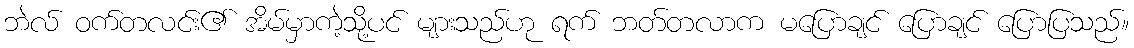
ဘဲလ် ဝက်တလင်း၏ အိမ်မှာကဲ့သို့ပင် များသည်ဟု ရက် ဘတ်တလာက မပြောချင် ပြောချင် ပြောပြသည်။